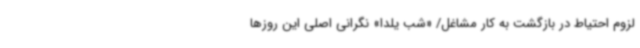
لزوم احتیاط در بازگشت به کار مشاغل/ «شب یلدا» نگرانی اصلی این روزها